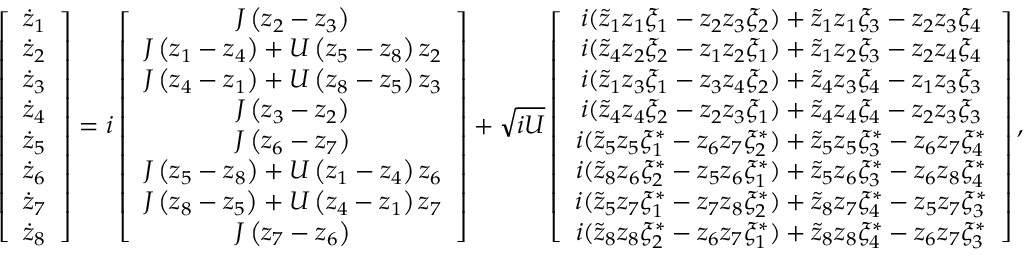
\left[ \begin{array} { c } { \dot { z } _ { 1 } } \\ { \dot { z } _ { 2 } } \\ { \dot { z } _ { 3 } } \\ { \dot { z } _ { 4 } } \\ { \dot { z } _ { 5 } } \\ { \dot { z } _ { 6 } } \\ { \dot { z } _ { 7 } } \\ { \dot { z } _ { 8 } } \end{array} \right] = i \left[ \begin{array} { c } { J \left( z _ { 2 } - z _ { 3 } \right) } \\ { J \left( z _ { 1 } - z _ { 4 } \right) + U \left( z _ { 5 } - z _ { 8 } \right) z _ { 2 } } \\ { J \left( z _ { 4 } - z _ { 1 } \right) + U \left( z _ { 8 } - z _ { 5 } \right) z _ { 3 } } \\ { J \left( z _ { 3 } - z _ { 2 } \right) } \\ { J \left( z _ { 6 } - z _ { 7 } \right) } \\ { J \left( z _ { 5 } - z _ { 8 } \right) + U \left( z _ { 1 } - z _ { 4 } \right) z _ { 6 } } \\ { J \left( z _ { 8 } - z _ { 5 } \right) + U \left( z _ { 4 } - z _ { 1 } \right) z _ { 7 } } \\ { J \left( z _ { 7 } - z _ { 6 } \right) } \end{array} \right] + \sqrt { i U } \left[ \begin{array} { c } { i ( \tilde { z } _ { 1 } z _ { 1 } \xi _ { 1 } - z _ { 2 } z _ { 3 } \xi _ { 2 } ) + \tilde { z } _ { 1 } z _ { 1 } \xi _ { 3 } - z _ { 2 } z _ { 3 } \xi _ { 4 } } \\ { i ( \tilde { z } _ { 4 } z _ { 2 } \xi _ { 2 } - z _ { 1 } z _ { 2 } \xi _ { 1 } ) + \tilde { z } _ { 1 } z _ { 2 } \xi _ { 3 } - z _ { 2 } z _ { 4 } \xi _ { 4 } } \\ { i ( \tilde { z } _ { 1 } z _ { 3 } \xi _ { 1 } - z _ { 3 } z _ { 4 } \xi _ { 2 } ) + \tilde { z } _ { 4 } z _ { 3 } \xi _ { 4 } - z _ { 1 } z _ { 3 } \xi _ { 3 } } \\ { i ( \tilde { z } _ { 4 } z _ { 4 } \xi _ { 2 } - z _ { 2 } z _ { 3 } \xi _ { 1 } ) + \tilde { z } _ { 4 } z _ { 4 } \xi _ { 4 } - z _ { 2 } z _ { 3 } \xi _ { 3 } } \\ { i ( \tilde { z } _ { 5 } z _ { 5 } \xi _ { 1 } ^ { * } - z _ { 6 } z _ { 7 } \xi _ { 2 } ^ { * } ) + \tilde { z } _ { 5 } z _ { 5 } \xi _ { 3 } ^ { * } - z _ { 6 } z _ { 7 } \xi _ { 4 } ^ { * } } \\ { i ( \tilde { z } _ { 8 } z _ { 6 } \xi _ { 2 } ^ { * } - z _ { 5 } z _ { 6 } \xi _ { 1 } ^ { * } ) + \tilde { z } _ { 5 } z _ { 6 } \xi _ { 3 } ^ { * } - z _ { 6 } z _ { 8 } \xi _ { 4 } ^ { * } } \\ { i ( \tilde { z } _ { 5 } z _ { 7 } \xi _ { 1 } ^ { * } - z _ { 7 } z _ { 8 } \xi _ { 2 } ^ { * } ) + \tilde { z } _ { 8 } z _ { 7 } \xi _ { 4 } ^ { * } - z _ { 5 } z _ { 7 } \xi _ { 3 } ^ { * } } \\ { i ( \tilde { z } _ { 8 } z _ { 8 } \xi _ { 2 } ^ { * } - z _ { 6 } z _ { 7 } \xi _ { 1 } ^ { * } ) + \tilde { z } _ { 8 } z _ { 8 } \xi _ { 4 } ^ { * } - z _ { 6 } z _ { 7 } \xi _ { 3 } ^ { * } } \end{array} \right] ,